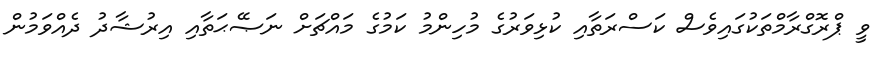
ވީ ޕްރޮގްރާމްތަކުގައިވެސް ކަސްރަތާއި ކުޅިވަރުގެ މުހިންމު ކަމުގެ މައްޗަށް ނަޞޭޙަތާއި އިރުޝާދު ދެއްވަމުން